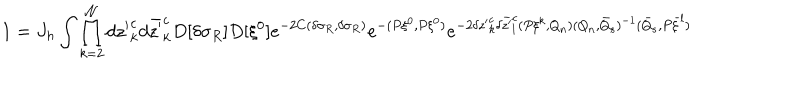
1 = J _ { h } \int \prod _ { k = 2 } ^ { \cal N } d { z ^ { \prime } } _ { k } ^ { c } d \bar { z ^ { \prime } } _ { k } ^ { c } D [ \delta \sigma _ { R } ] D [ \xi ^ { 0 } ] e ^ { - 2 C ( \delta \sigma _ { R } , \delta \sigma _ { R } ) } e ^ { - ( P \xi ^ { 0 } , P \xi ^ { 0 } ) } e ^ { - 2 \delta { z ^ { \prime } } _ { k } ^ { c } \delta \bar { z ^ { \prime } } _ { l } ^ { c } ( P \xi ^ { k } , Q _ { n } ) ( Q _ { n } , \bar { Q } _ { s } ) ^ { - 1 } ( \bar { Q } _ { s } , P \bar { \xi } ^ { l } ) }